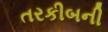
તરકીબની